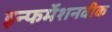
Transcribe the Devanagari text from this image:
इन्फर्मेशनवीक